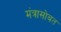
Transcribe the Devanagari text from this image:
मंत्रासोबत